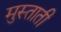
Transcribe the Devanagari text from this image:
मुस्ताती